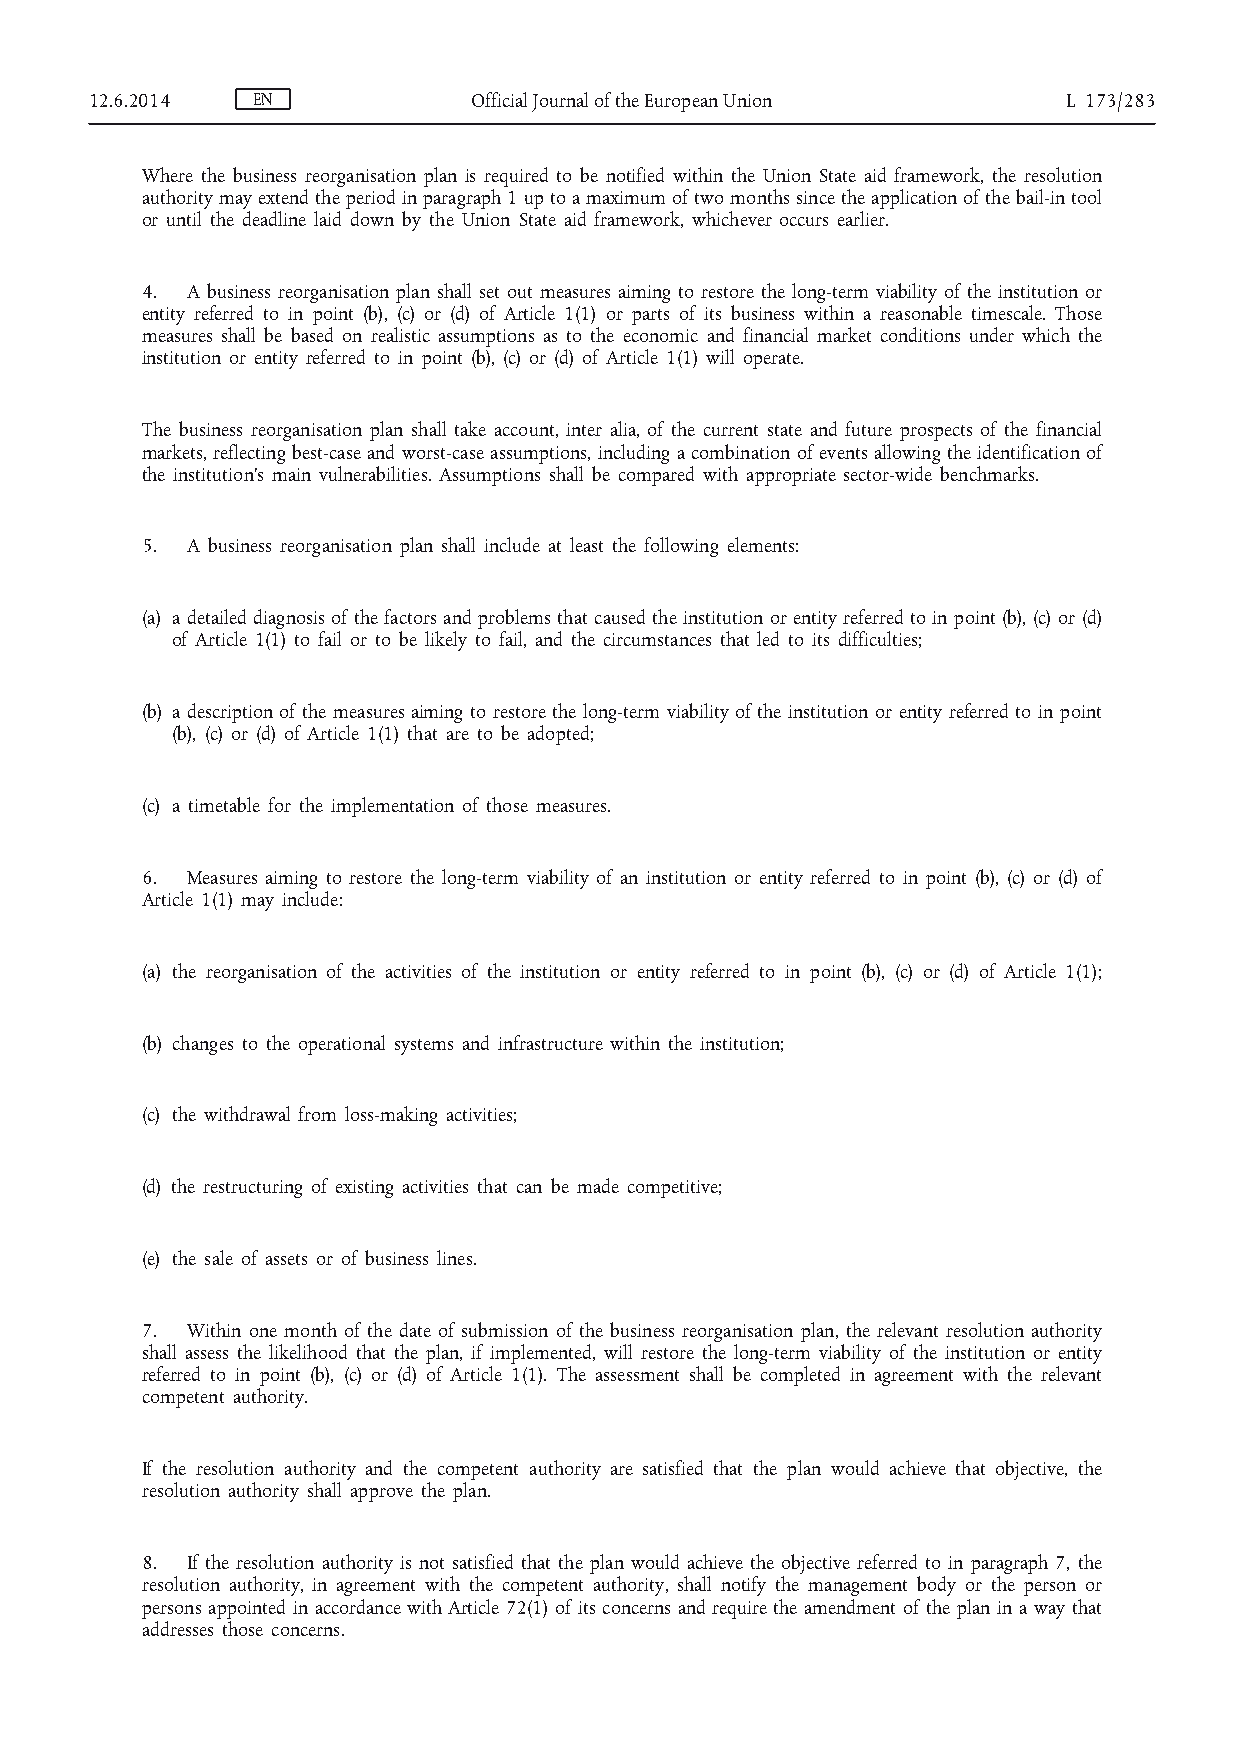
12.6.2014  EN            Official Journal of the European Union  L 173/283
 Where the business reorganisation plan is required to be notified within the Union State aid framework, the resolution
 authority may extend the period in paragraph 1 up to a maximum of two months since the application of the bail-in tool
 or until the deadline laid down by the Union State aid framework, whichever occurs earlier.
 4. A business reorganisation plan shall set out measures aiming to restore the long-term viability of the institution or
 entity referred to in point (b), (c) or (d) of Article 1(1) or parts of its business within a reasonable timescale. Those
 measures shall be based on realistic assumptions as to the economic and financial market conditions under which the
 institution or entity referred to in point (b), (c) or (d) of Article 1(1) will operate.
 The business reorganisation plan shall take account, inter alia, of the current state and future prospects of the financial
 markets, reflecting best-case and worst-case assumptions, including a combination of events allowing the identification of
 the institution’s main vulnerabilities. Assumptions shall be compared with appropriate sector-wide benchmarks.
 5. A business reorganisation plan shall include at least the following elements:
 (a) a detailed diagnosis of the factors and problems that caused the institution or entity referred to in point (b), (c) or (d)
 of Article 1(1) to fail or to be likely to fail, and the circumstances that led to its difficulties;
 (b) a description of the measures aiming to restore the long-term viability of the institution or entity referred to in point
 (b), (c) or (d) of Article 1(1) that are to be adopted;
 (c) a timetable for the implementation of those measures.
 6. Measures aiming to restore the long-term viability of an institution or entity referred to in point (b), (c) or (d) of
 Article 1(1) may include:
 (a) the reorganisation of the activities of the institution or entity referred to in point (b), (c) or (d) of Article 1(1);
 (b) changes to the operational systems and infrastructure within the institution;
 (c) the withdrawal from loss-making activities;
 (d) the restructuring of existing activities that can be made competitive;
 (e) the sale of assets or of business lines.
 7. Within one month of the date of submission of the business reorganisation plan, the relevant resolution authority
 shall assess the likelihood that the plan, if implemented, will restore the long-term viability of the institution or entity
 referred to in point (b), (c) or (d) of Article 1(1). The assessment shall be completed in agreement with the relevant
 competent authority.
 If the resolution authority and the competent authority are satisfied that the plan would achieve that objective, the
 resolution authority shall approve the plan.
 8. If the resolution authority is not satisfied that the plan would achieve the objective referred to in paragraph 7, the
 resolution authority, in agreement with the competent authority, shall notify the management body or the person or
 persons appointed in accordance with Article 72(1) of its concerns and require the amendment of the plan in a way that
 addresses those concerns.